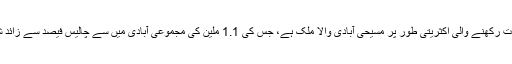
مشرقی تیمور سخت گیر کیھتولک نظریات رکھنے والی اکثریتی طور پر مسیحی آبادی والا ملک ہے، جس کی 1.1 ملین کی مجموعی آبادی میں سے چالیس فیصد سے زائد شہریوں کی عمر پندرہ برس سے کم ہے۔